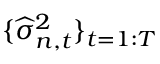
\lbrace \widehat { \sigma } _ { n , t } ^ { 2 } \rbrace _ { t = 1 : T }